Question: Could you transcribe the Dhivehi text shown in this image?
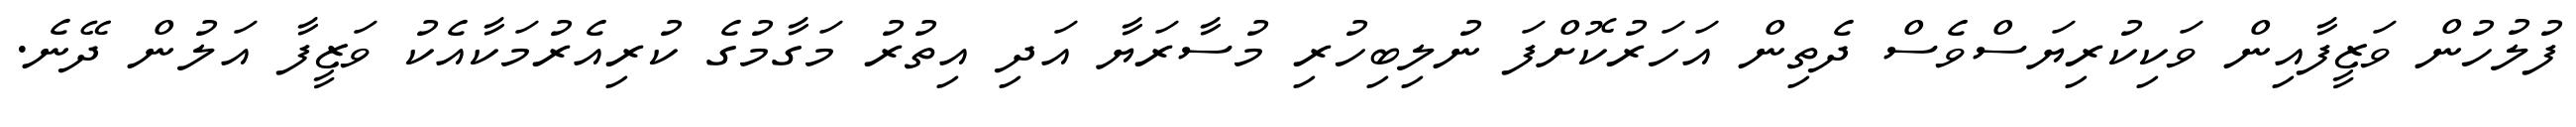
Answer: ފުލުހުން ވަޒީފާއިން ވަކިކުރިޔަސްވެސް ދެތިން އަހަރުކޮށްފަ ނުލިބިހުރި މުސާރަޔާ އަދި އިތުރު މަގާމުގެ ކުރިއެރުމަކާއެކު ވަޒީފާ އަލުން ދޭނެ.